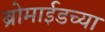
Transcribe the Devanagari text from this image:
ब्रोमाईडच्या